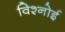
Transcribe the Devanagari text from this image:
विश्‍नोई